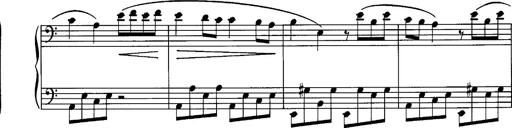
Title: La romanesca
Composer: Franz Liszt